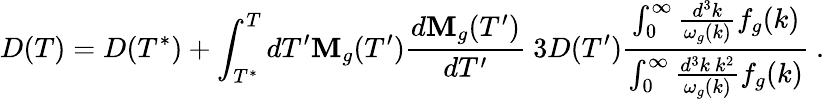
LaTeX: D(T)=D(T^{*})+\int_{T^{*}}^{T}dT^{\prime}\mathbf{M}_{g}(T^{\prime})\frac{{d\mathbf{M}_{g}(T^{\prime})}}{{dT^{\prime}}}\ 3D(T^{\prime}){\frac{{\int_{0}^{\infty}\frac{{d^{3}k}}{{\omega_{g}(k)}}f_{g}(k)}}{{\int_{0}^{\infty}\frac{{d^{3}k~k^{2}}}{{\omega_{g}(k)}}f_{g}(k)}}}\ .